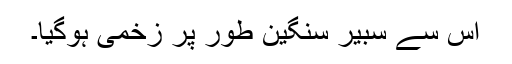
اس سے سبیر سنگین طور پر زخمی ہوگیا۔